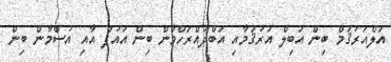
އަލްއަރުޤަމް ބިން އަބިލް އަރުޤަމާއި އަބްދުއްރަހްމާން ބިން އައުފް އާއި އުސްމާން ބިން